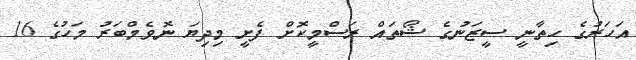
އަހަރުގެ ހިތާނީ ސީޒަނުގެ ޝޯތައް ރަސްމީކޮށް ފެށީ މިދިޔަ ނޮވެމްބަރު މަހުގެ 16